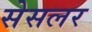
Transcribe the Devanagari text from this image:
सेसलर